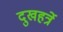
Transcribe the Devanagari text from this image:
दुखहर्त्रे